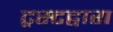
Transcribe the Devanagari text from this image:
ट्रस्टद्वारा